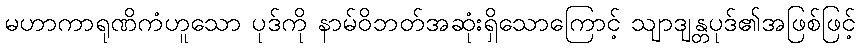
မဟာကာရုဏိကံဟူသော ပုဒ်ကို နာမ်ဝိဘတ်အဆုံးရှိသောကြောင့် သျာဒျန္တပုဒ်၏အဖြစ်ဖြင့်